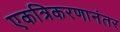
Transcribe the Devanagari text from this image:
एकत्रिकरणानंतर